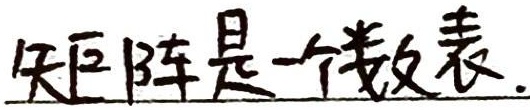
矩阵是一个数表.